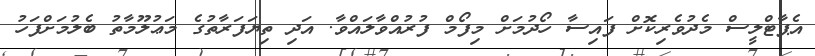
އެޕާޓްލީސް މެދުވެރިކޮށް ފައިސާ ހޯދުމަށް މިފޯމް ފުރުއްވާލައްވާ. އަދި ތިޔަފަރާތުގެ މަޢުލޫމާތު ބެލުމަށްފަހު